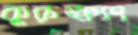
কুরুক্ষ্যং